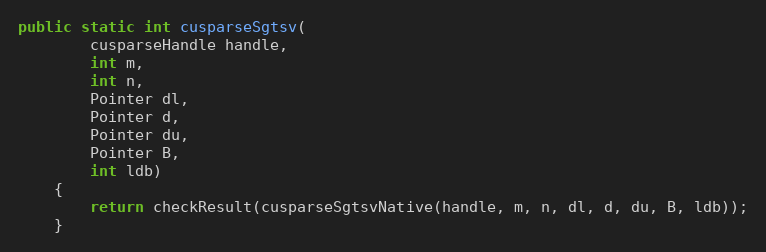
Language: Java
public static int cusparseSgtsv(
        cusparseHandle handle,
        int m,
        int n,
        Pointer dl,
        Pointer d,
        Pointer du,
        Pointer B,
        int ldb)
    {
        return checkResult(cusparseSgtsvNative(handle, m, n, dl, d, du, B, ldb));
    }